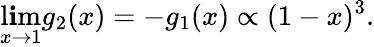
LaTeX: \operatorname*{l\mathbf{i}m}_{x\rightarrow1}g_{2}(x)=-g_{1}(x)\propto(1-x)^{3}.